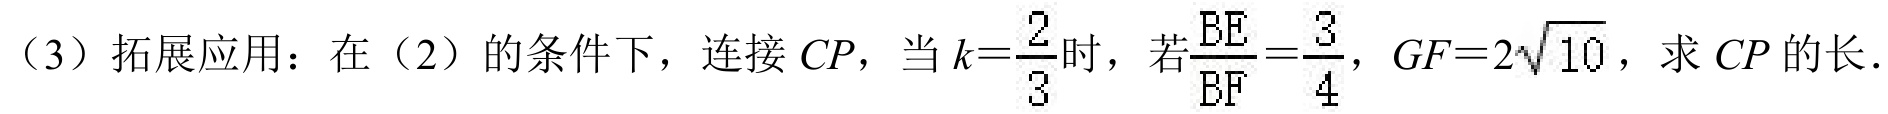
（3）拓展应用：在（2）的条件下，连接\(CP\)，当\(k = \frac{2}{3}\)时，若\(\frac{BE}{BF}=\frac{3}{4}\)，\(GF = 2\sqrt{10}\)，求\(CP\)的长.